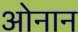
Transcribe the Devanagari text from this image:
ओनान